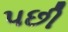
૫છી